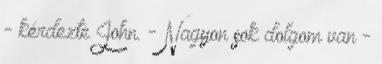
- kérdezte John. - Nagyon sok dolgom van -